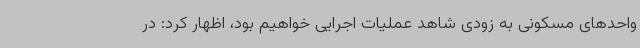
واحدهای مسکونی به زودی شاهد عملیات اجرایی خواهیم بود، اظهار کرد: در